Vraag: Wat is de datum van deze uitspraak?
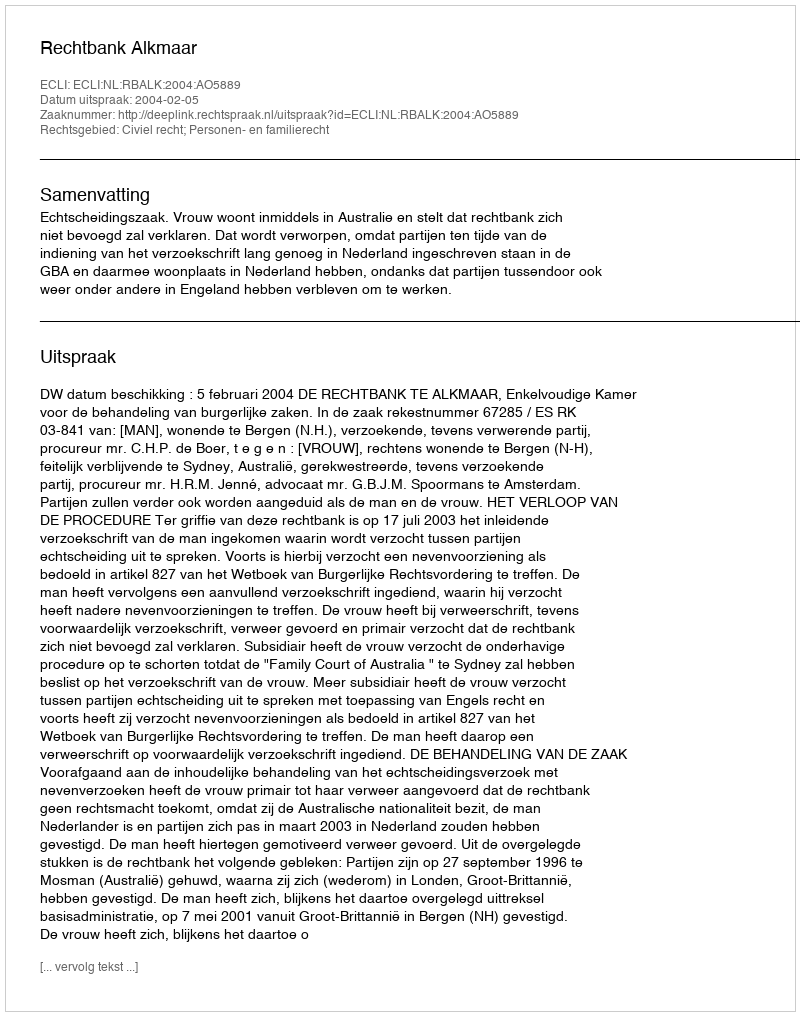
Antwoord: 2004-02-05